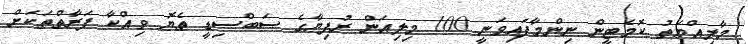
މާލިއްޔަތު ކޮމެޓީން ނިންމާފައިވަނީ 100 މިލިއަން ރުފިޔާގެ ސަބްސިޑީ ތެޔޮ ވިއްކާ ފަރާތްތަކަށް